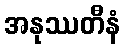
အနုဿတီနံ